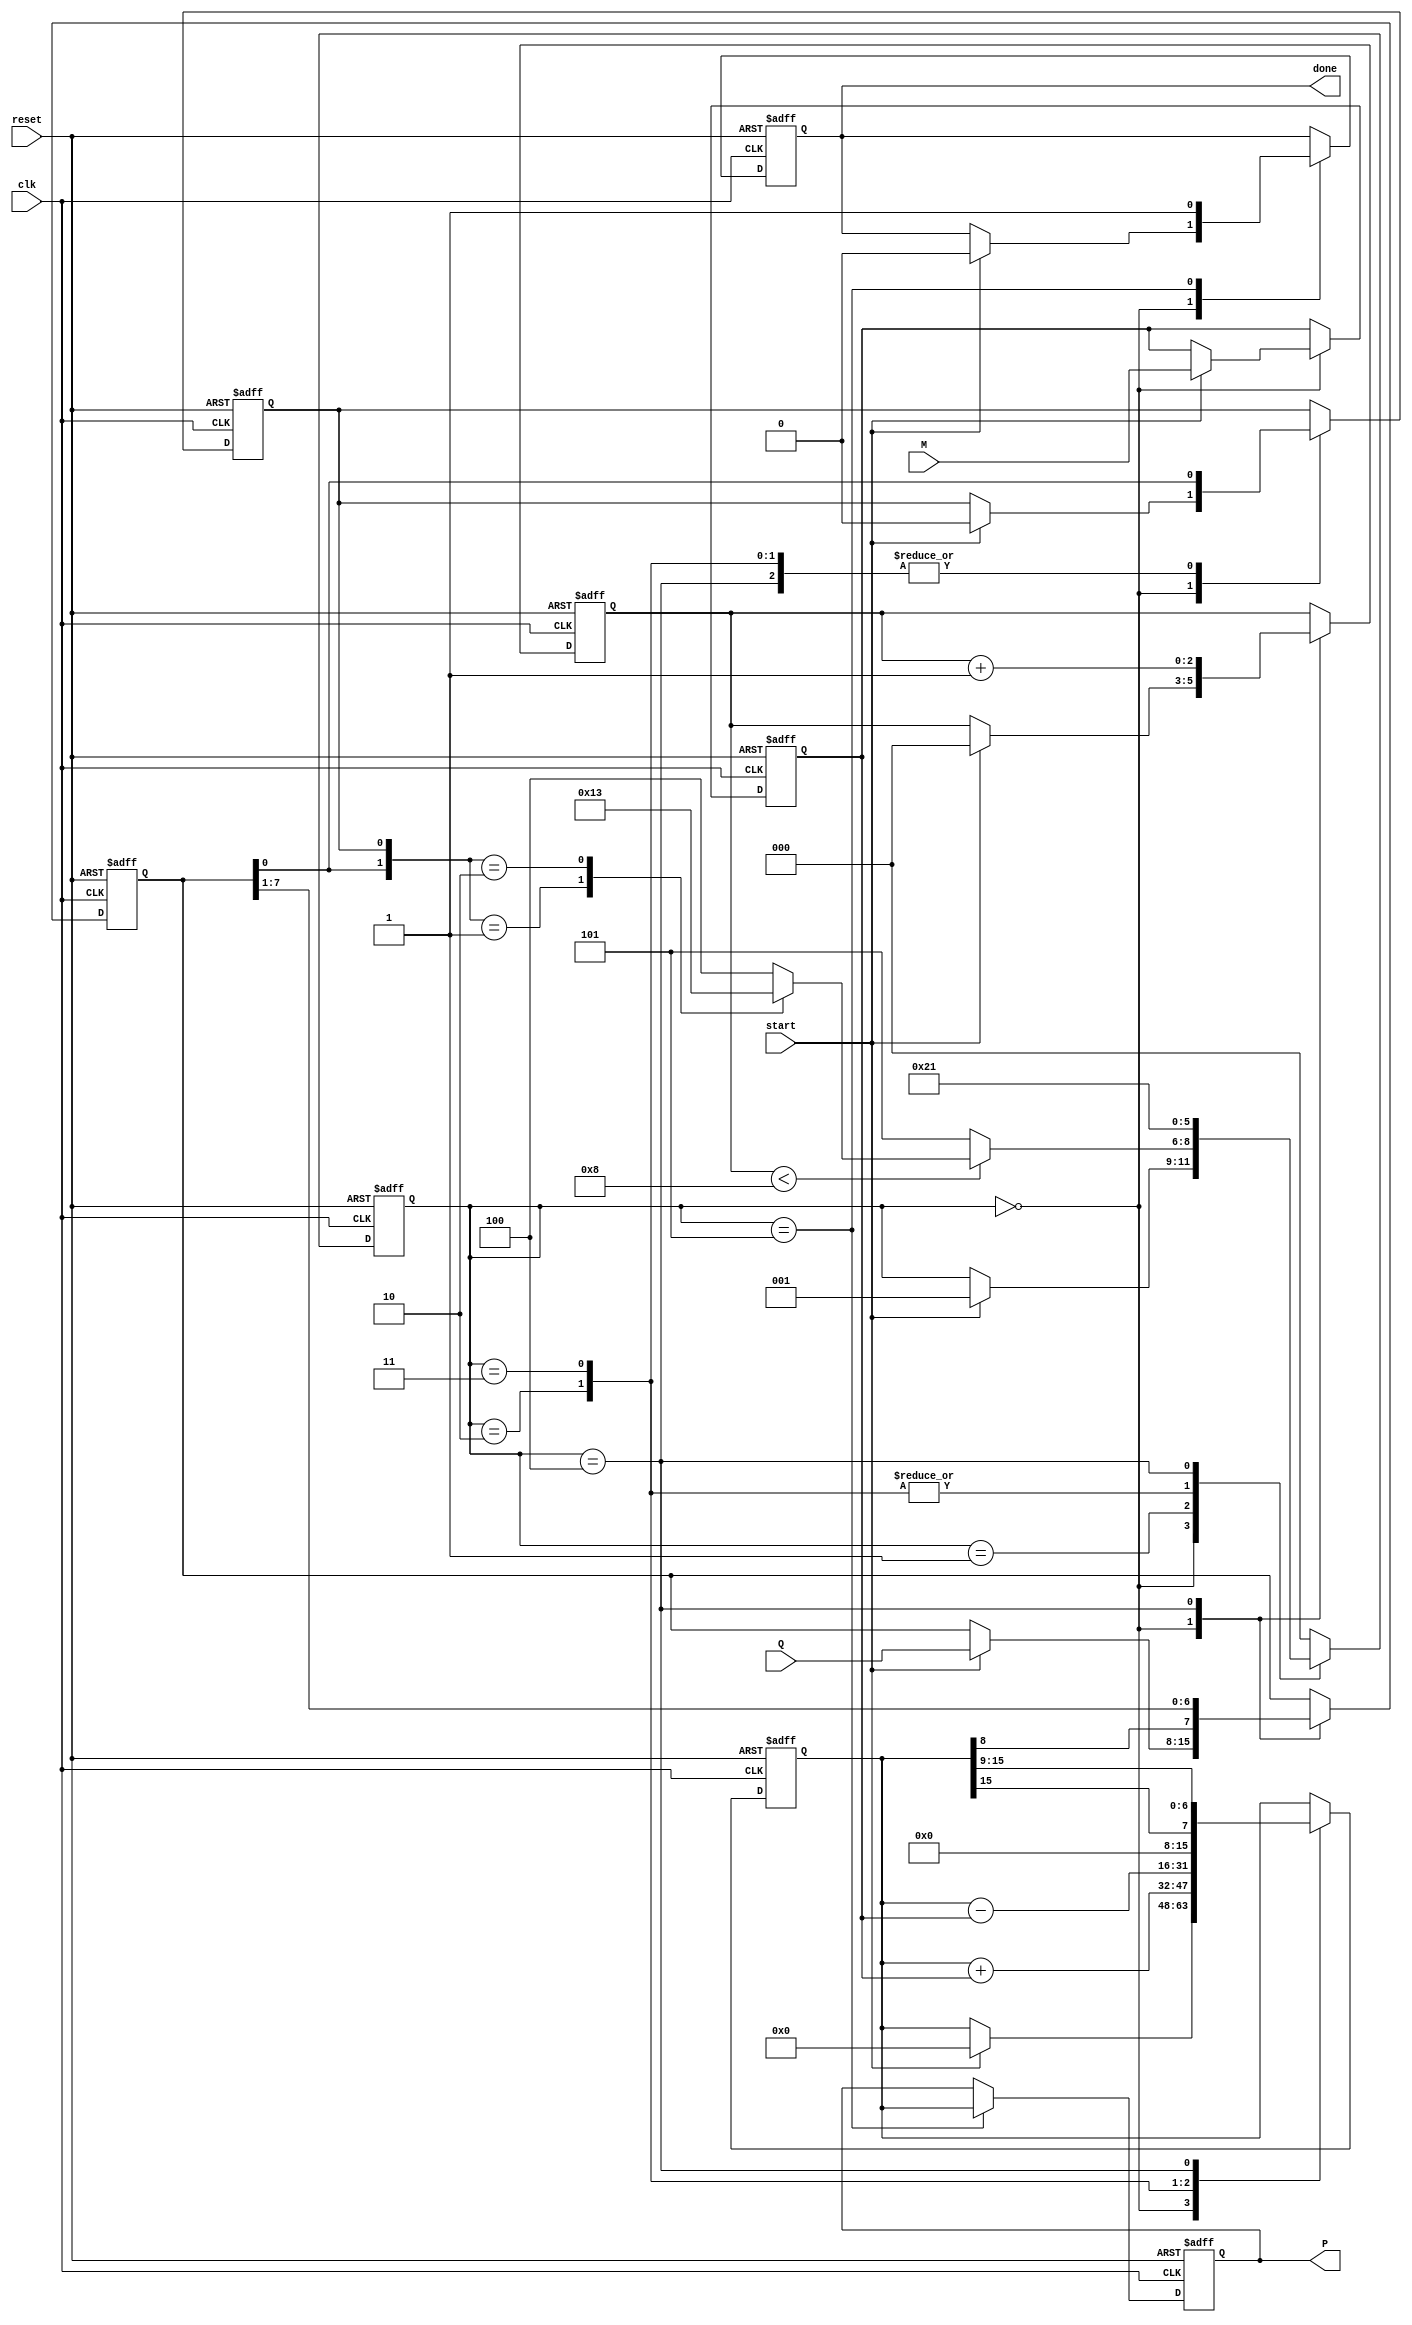
module booth_multiplier #(parameter N = 8) (
    input wire clk,
    input wire reset,
    input wire start,
    input wire signed [N-1:0] M,  // Multiplicand
    input wire signed [N-1:0] Q,  // Multiplier
    output reg signed [2*N-1:0] P, // Product (2N bits)
    output reg done               // Operation complete signal
);

    reg signed [N-1:0] Q_reg;        // Multiplier register
    reg signed [N-1:0] M_reg;        // Multiplicand register
    reg signed [2*N-1:0] A;          // Accumulator
    reg Q_1;                         // Previous bit of multiplier
    reg [2:0] state;                // State of the FSM
    reg [2:0] count;                // Count for number of iterations

    localparam IDLE = 3'b000;
    localparam START = 3'b001;
    localparam ADD = 3'b010;
    localparam SUB = 3'b011;
    localparam SHIFT = 3'b100;
    localparam DONE = 3'b101;

    always @(posedge clk or posedge reset) begin
        if (reset) begin
            A <= 0;
            Q_reg <= 0;
            M_reg <= 0;
            Q_1 <= 0;
            P <= 0;
            done <= 0;
            state <= IDLE;
            count <= 0;
        end else begin
            case (state)
                IDLE: begin
                    if (start) begin
                        M_reg <= M;           // Load multiplicand
                        Q_reg <= Q;           // Load multiplier
                        A <= 0;               // Clear accumulator
                        Q_1 <= 0;             // Clear previous bit
                        count <= 0;          // Reset count
                        state <= START;      // Move to start state
                        done <= 0;
                    end
                end

                START: begin
                    if (count < N) begin
                        case ({Q_reg[0], Q_1})
                            2'b01: state <= ADD;  // Q=0, Q-1=1: Subtract M
                            2'b10: state <= SUB;  // Q=1, Q-1=0: Add M
                            default: state <= SHIFT; // Q=00 or Q=11: Shift
                        endcase
                    end else begin
                        state <= DONE;           // Finished all iterations
                    end
                end

                ADD: begin
                    A <= A + M_reg;            // Perform addition
                    Q_1 <= Q_reg[0];           // Store current Q bit as Q-1
                    state <= SHIFT;            // Move to shift state
                end

                SUB: begin
                    A <= A - M_reg;            // Perform subtraction
                    Q_1 <= Q_reg[0];           // Store current Q bit as Q-1
                    state <= SHIFT;            // Move to shift state
                end

                SHIFT: begin
                    // Arithmetic right shift: shift A and Q
                    {A, Q_reg} <= {A[2*N-1], A[2*N-1:N], Q_reg[N-1:1]};
                    Q_1 <= Q_reg[0];           // Update Q-1
                    count <= count + 1;        // Increment loop counter
                    state <= START;            // Go back to start state for next iteration
                end

                DONE: begin
                    P <= A;                    // Load the product
                    done <= 1;                // Set done flag
                    state <= IDLE;            // Reset to idle
                end

                default: state <= IDLE;    // Safety default
            endcase
        end
    end
endmodule